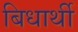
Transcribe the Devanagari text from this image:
बिधार्थी